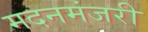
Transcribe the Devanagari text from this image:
मदनमंजरी